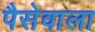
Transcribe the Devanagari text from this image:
पैसेवाला